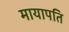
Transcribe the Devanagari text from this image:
मायापति